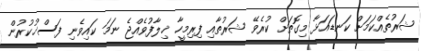
ޝަރުތެއްކަމަށް ކަނޑައަޅާ މިގޮތަށް ކުރެވޭ ޝަރުތާއި ފިރިމީހާ ޚިލާފުވެއްޖެ ނަމަ ކައިވެނި ފަސްޚުކުރުން